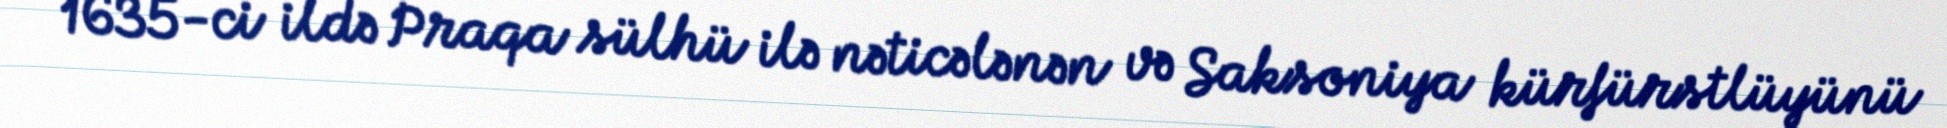
1635-ci ildə Praqa sülhü ilə nəticələnən və Saksoniya kürfürstlüyünü